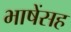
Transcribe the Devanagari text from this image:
भाषेंसह